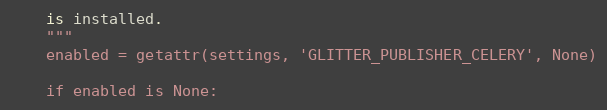
Language: Python
    is installed.
    """
    enabled = getattr(settings, 'GLITTER_PUBLISHER_CELERY', None)

    if enabled is None: